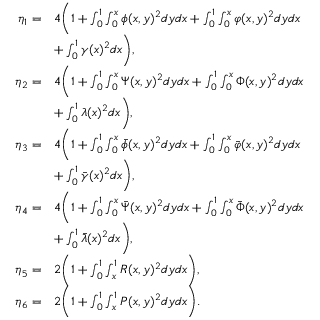
\begin{array} { r l } { \eta _ { 1 } = } & { 4 \bigg ( 1 + \int _ { 0 } ^ { 1 } \int _ { 0 } ^ { x } { \phi } ( x , y ) ^ { 2 } d y d x + \int _ { 0 } ^ { 1 } \int _ { 0 } ^ { x } { \varphi } ( x , y ) ^ { 2 } d y d x } \\ & { + \int _ { 0 } ^ { 1 } \gamma ( x ) ^ { 2 } d x \bigg ) , } \\ { \eta _ { 2 } = } & { 4 \bigg ( 1 + \int _ { 0 } ^ { 1 } \int _ { 0 } ^ { x } { \Psi } ( x , y ) ^ { 2 } d y d x + \int _ { 0 } ^ { 1 } \int _ { 0 } ^ { x } { \Phi } ( x , y ) ^ { 2 } d y d x } \\ & { + \int _ { 0 } ^ { 1 } \lambda ( x ) ^ { 2 } d x \bigg ) , } \\ { \eta _ { 3 } = } & { 4 \bigg ( 1 + \int _ { 0 } ^ { 1 } \int _ { 0 } ^ { x } { \bar { \phi } } ( x , y ) ^ { 2 } d y d x + \int _ { 0 } ^ { 1 } \int _ { 0 } ^ { x } { \bar { \varphi } } ( x , y ) ^ { 2 } d y d x } \\ & { + \int _ { 0 } ^ { 1 } \bar { \gamma } ( x ) ^ { 2 } d x \bigg ) , } \\ { \eta _ { 4 } = } & { 4 \bigg ( 1 + \int _ { 0 } ^ { 1 } \int _ { 0 } ^ { x } { \bar { \Psi } } ( x , y ) ^ { 2 } d y d x + \int _ { 0 } ^ { 1 } \int _ { 0 } ^ { x } { \bar { \Phi } } ( x , y ) ^ { 2 } d y d x } \\ & { + \int _ { 0 } ^ { 1 } \bar { \lambda } ( x ) ^ { 2 } d x \bigg ) , } \\ { \eta _ { 5 } = } & { 2 \bigg ( 1 + \int _ { 0 } ^ { 1 } \int _ { x } ^ { 1 } R ( x , y ) ^ { 2 } d y d x \bigg ) , } \\ { \eta _ { 6 } = } & { 2 \bigg ( 1 + \int _ { 0 } ^ { 1 } \int _ { x } ^ { 1 } P ( x , y ) ^ { 2 } d y d x \bigg ) . } \end{array}